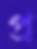
প্র